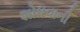
શોધવાની